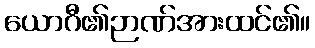
ယောဂီ၏ဉာဏ်အားထင်၏။